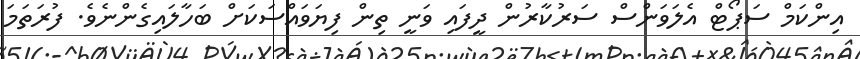
އިންކަމް ސަޕޯޓް އެލަވަންސް ސަރުކާރުން ދީފައި ވަނީ ތިން ފިޔަވައްސަކަށް ބަހާލައިގެންނެވެ. ފުރަތަމަ